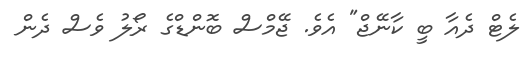
ލެޓް ދެއާ ބީ ކާނޭޖް" އެވެ. ޖޭމްސް ބޮންޑްގެ ރޯލު ވެސް ދެން